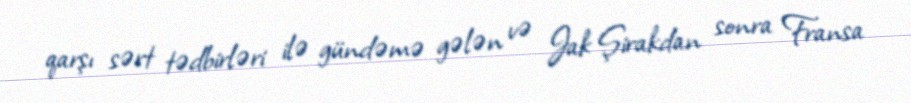
qarşı sərt tədbirləri ilə gündəmə gələn və Jak Şirakdan sonra Fransa